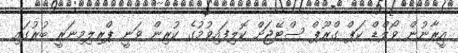
އީރާނުން ވޯލްޑް ކަޕް ގްރޫޕް ސްޓޭޖަށް ކޮލިފައިވުމުގެ ކުރިން ވަނީ ޕްރިލިމިނަރީ ބުރުގައި